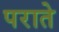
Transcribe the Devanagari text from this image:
पराते